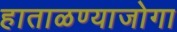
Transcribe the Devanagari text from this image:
हाताळण्याजोगा